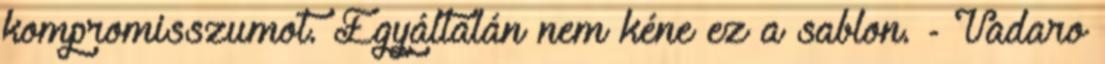
kompromisszumot. Egyáltalán nem kéne ez a sablon. - Vadaro